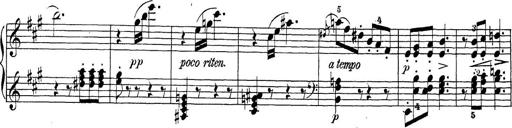
Title: Sonatina Album
Composer: Louis KÃ¶hler